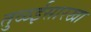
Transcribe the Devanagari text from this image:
तुळईसारखा